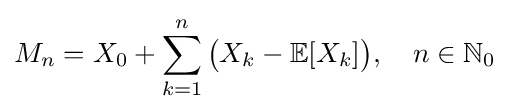
M_{n}=X_{0}+\sum _{k=1}^{n}{\bigl (}X_{k}-\mathbb {E} [X_{k}]{\bigr )},\quad n\in \mathbb {N} _{0}